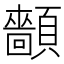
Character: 𩕡